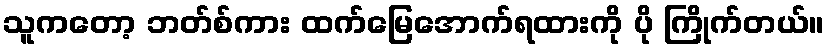
သူကတော့ ဘတ်စ်ကား ထက်မြေအောက်ရထားကို ပို ကြိုက်တယ်။